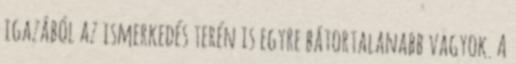
igazából az ismerkedés terén is egyre bátortalanabb vagyok. A